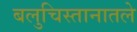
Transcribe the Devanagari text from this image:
बलुचिस्तानातले